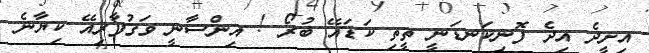
އިށީދެ އިދެ ފޮނިކަނޑަނީ ތީތި ކަޑައޭ ބުރޯ ! އިންސާނީ ވަގުފާރިއޭ ކިޔާނެ